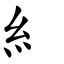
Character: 糹